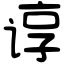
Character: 谆